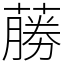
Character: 蕂